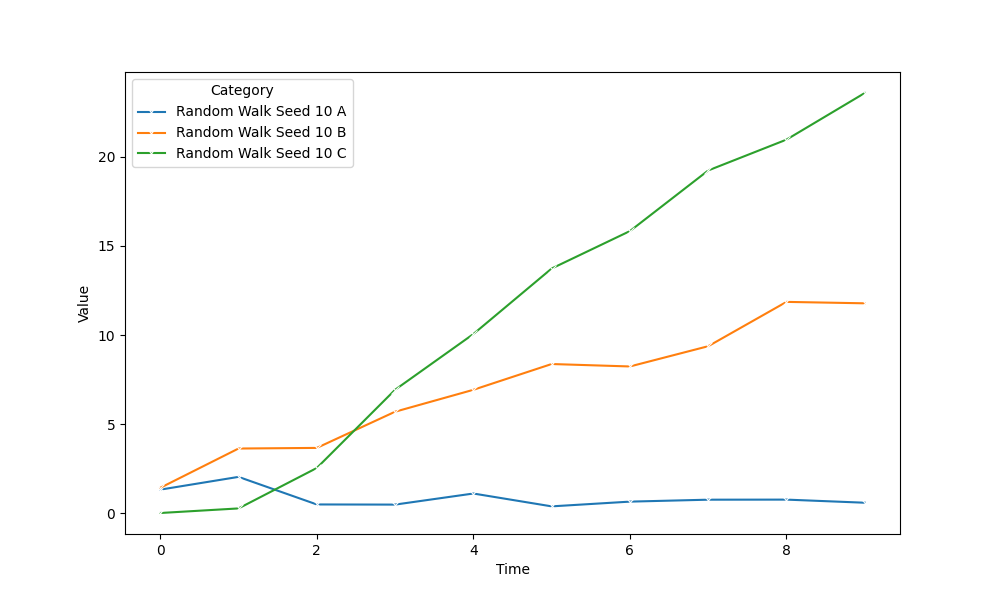
python, seaborn, lineplot, style='solid', marker='x'